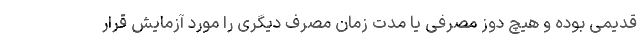
قدیمی بوده و هیچ دوز مصرفی یا مدت زمان مصرف دیگری را مورد آزمایش قرار